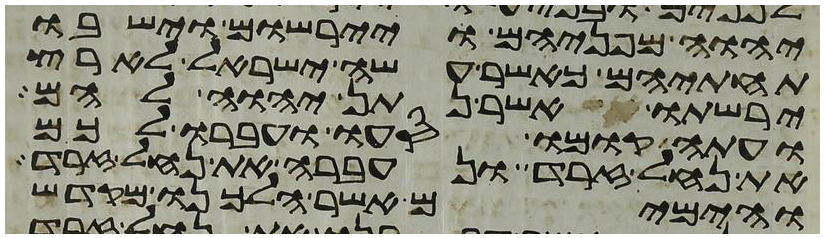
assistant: יהוה מפניהם ויירשום וישבו
תחתיהם כאשר עשה ישראל לארץ
ירשתו אשר נתן יהוה להם
ועתה קומו סעו ועברו לכם
את נחל זרד ונעברה את נחל זרד
והימים אשר הלכנו מקדש